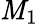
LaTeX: \mathit{M}_{1}